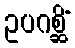
ဥပဂစ္ဆိံ